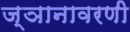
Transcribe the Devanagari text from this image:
ज्ञानावरणी